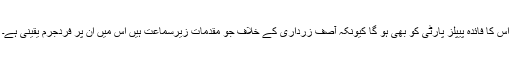
اس کا فائدہ پیپلز پارٹی کو بھی ہو گا کیونکہ آصف زرداری کے خلاف جو مقدمات زیرسماعت ہیں اس میں ان پر فردجرم یقینی ہے۔